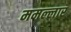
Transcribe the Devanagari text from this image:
ममल्लार